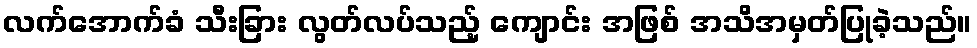
လက်အောက်ခံ သီးခြား လွတ်လပ်သည့် ကျောင်း အဖြစ် အသိအမှတ်ပြုခဲ့သည်။